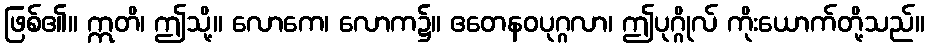
ဖြစ်၏။ ဣတိ၊ ဤသို့။ လောကေ၊ လောက၌။ ဧတေနဝပုဂ္ဂလာ၊ ဤပုဂ္ဂိုလ် ကိုးယောက်တို့သည်။